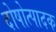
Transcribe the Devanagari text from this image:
दोषोत्पादक